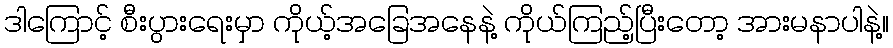
ဒါကြောင့် စီးပွားရေးမှာ ကိုယ့်အခြေအနေနဲ့ ကိုယ်ကြည့်ပြီးတော့ အားမနာပါနဲ့။